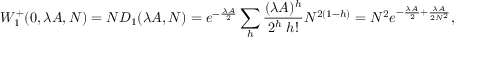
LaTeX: W _ { 1 } ^ { + } ( 0 , \lambda A , N ) = N D _ { 1 } ( \lambda A , N ) = e ^ { - \frac { \lambda A } { 2 } } \sum _ { h } \frac { ( \lambda A ) ^ { h } } { 2 ^ { h } \; h ! } N ^ { 2 ( 1 - h ) } = N ^ { 2 } e ^ { - \frac { \lambda A } { 2 } + \frac { \lambda A } { 2 N ^ { 2 } } } ,